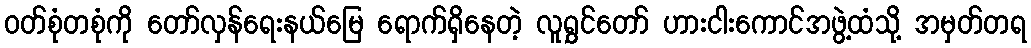
ဝတ်စုံတစုံကို တော်လှန်ရေးနယ်မြေ ရောက်ရှိနေတဲ့ လူရွှင်တော် ဟားငါးကောင်အဖွဲ့ထံသို့ အမှတ်တရ